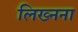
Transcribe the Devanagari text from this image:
लिख्नना